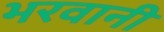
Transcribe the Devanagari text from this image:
भरवानी